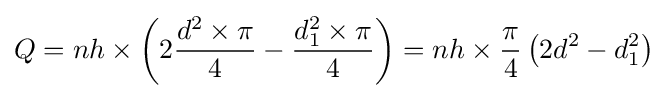
Q=nh\times \left(2{\frac {d^{2}\times \pi }{4}}-{\frac {d_{1}^{2}\times \pi }{4}}\right)=nh\times {\frac {\pi }{4}}\left(2d^{2}-d_{1}^{2}\right)